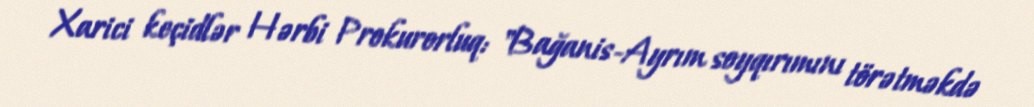
Xarici keçidlər Hərbi Prokurorluq: "Bağanis-Ayrım soyqırımını törətməkdə